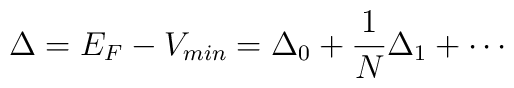
\Delta = E_{F} - V_{min} = \Delta_{0} + \frac{1}{N} \Delta_{1} +\cdots